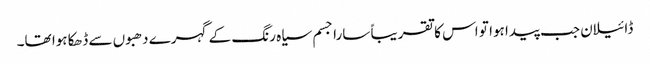
ڈائیلان جب پیدا ہوا تو اس کا تقریباً سارا جسم سیاہ رنگ کے گہرے دھبوں سے ڈھکا ہوا تھا۔